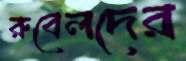
রুবেলদের